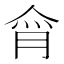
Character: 𰂕